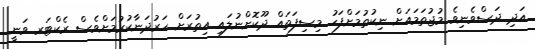
އަދި ދަސްވެނިވެ މުޖުތަމައަށް ނިކުތުމަށްފަހު މިސިފަތައް ދޫކޮށްނުލައި އިތުރަށް ހަރުދަނާކުރުމަށްވެސް ރެކްޓަރ ވަނީ